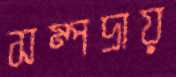
সম্পদ্রায়